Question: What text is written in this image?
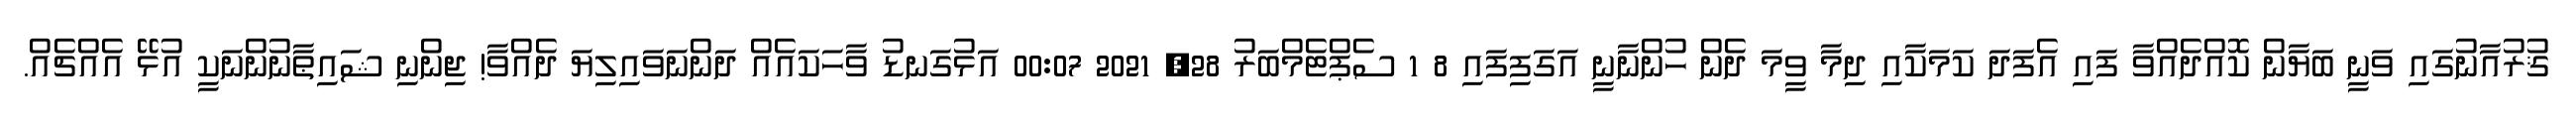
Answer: ޤުރުއާނުގައި ވަނީ ބަޔާން ކޮއްދެއްވާ ފައި އެފަދަ ކަމަކާއި ދިމާ ވީމަ ދެން ހުންނާނީ އަގަފިފައި 8 1 ސެޕްޓެމްބަރު 28, 2021 00:07 އަޅުގަނޑު ވާހަކައެއް ދަންނަވައިލިޔަ ދެއްވާ! ޖިންނި ޝައިޠާނުންނަކީ އުޅޭ އެއްޗެއް.